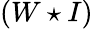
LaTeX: (W\star I)